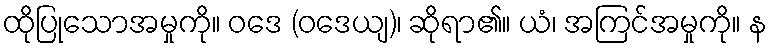
ထိုပြုသောအမှုကို။ ဝဒေ (ဝဒေယျ)၊ ဆိုရာ၏။ ယံ၊ အကြင်အမှုကို။ န